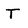
Character: T